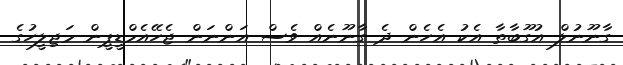
ގާނޫނުލް އުގޫބާތާ އެކު އެހެން ދެ ގާނޫނެއް ވެސް އަންނަން ޖެހޭއެމްޑީޕީން މަޖިލީހުގެ